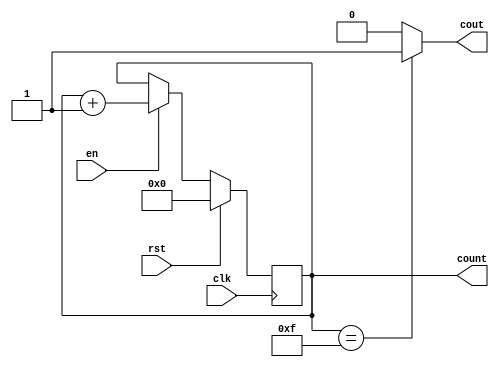
module counter16(input clk, rst, en, output cout, output reg [3:0] count);
	
	always @(posedge clk) begin
		if (rst)
			count <= 4'b0000;
		else if (en)
			count <= count + 1;
	end
	
	assign cout = (count == 4'b1111) ? 1'b1 : 1'b0;

endmodule